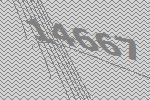
14667